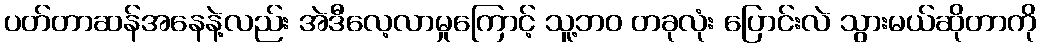
ပတ်တာဆန်အနေနဲ့လည်း အဲဒီလေ့လာမှုကြောင့် သူ့ဘဝ တခုလုံး ပြောင်းလဲ သွားမယ်ဆိုတာကို